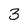
Character: 3